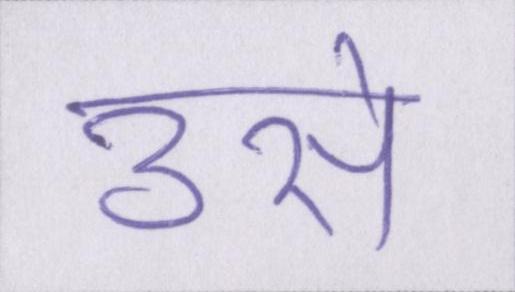
उसे